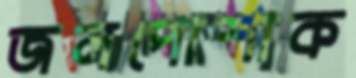
জলপোশাক